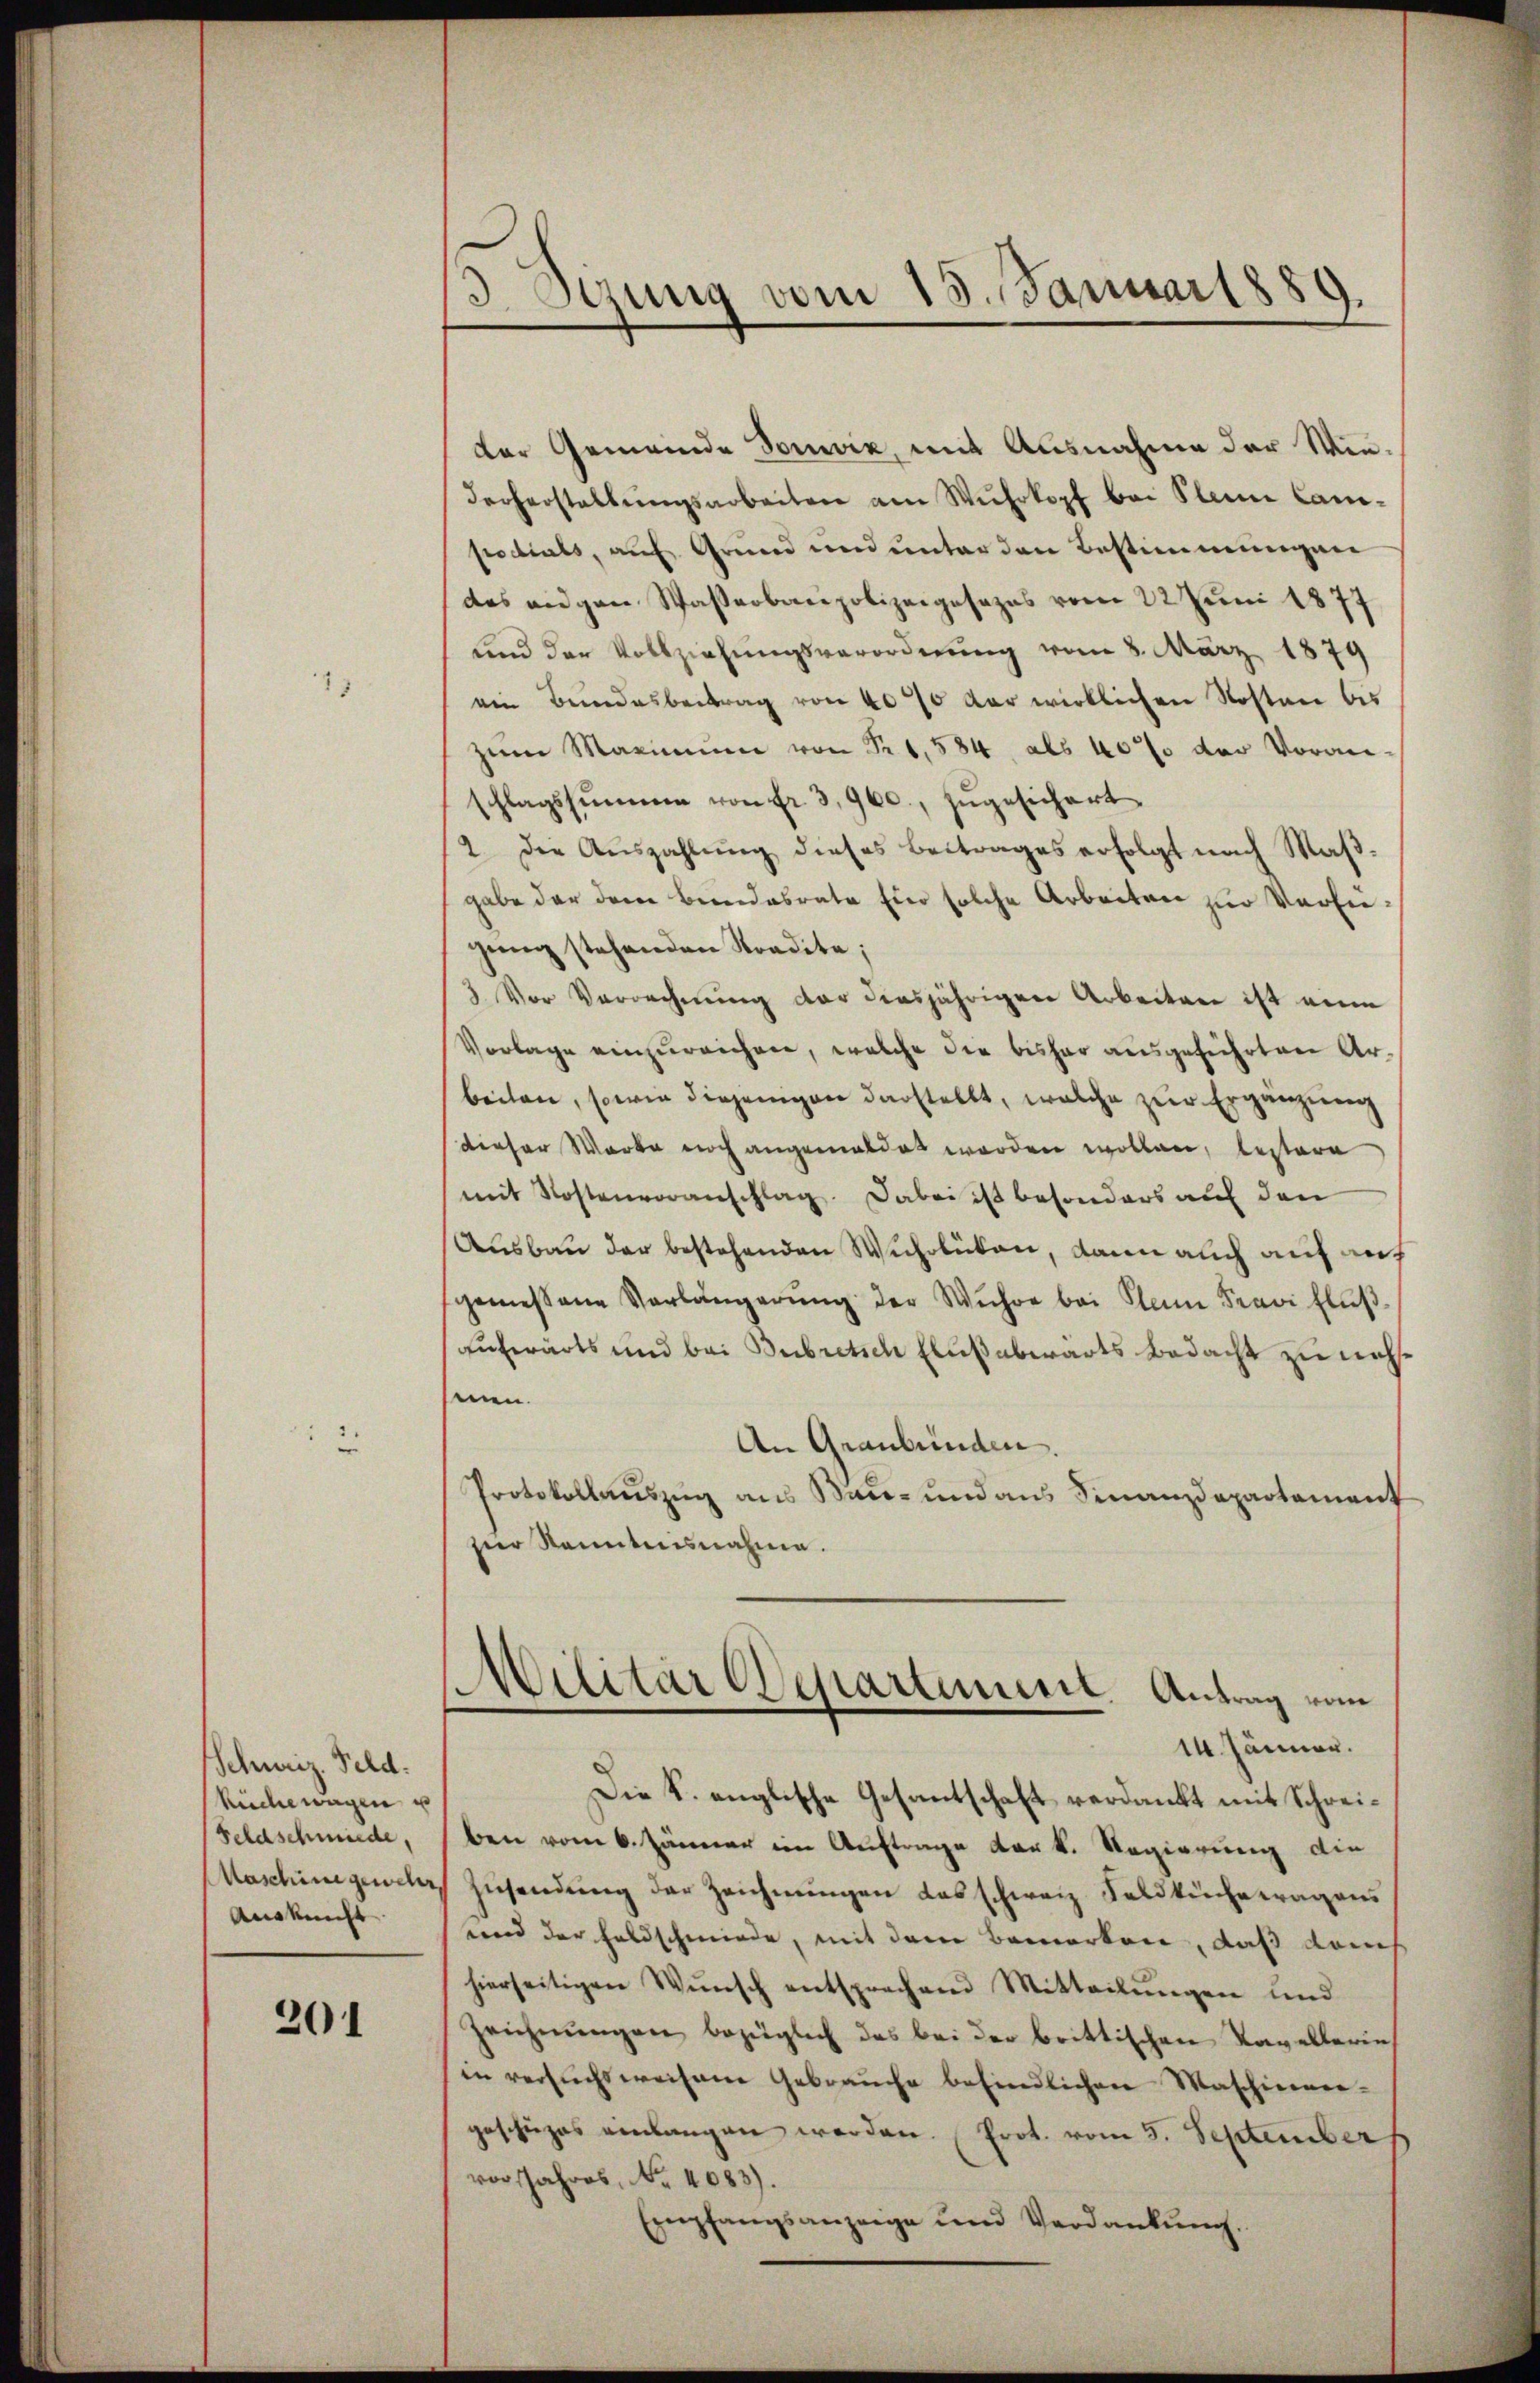
Schweiz. Feld.
Rüche wagen u
Seldschmiede,
Maschine gewese
Auskunft

201

3. Sezung vom 15. Januar 1889.

Der Gemeinde Domwiz, mit Ausnahme der Wie-
Fecherstellŭngsarbeiten am Wuhrkopf bei Pleine Can-
podials, auf Grund und unter den Bestimmungen
des eidgen Wasserbaupolizeigesezes vom 22 Juni 1877
und der Vollziehungsverordnung vom 8. März 1879
ein Bundesbeitrag von 40% der wirklichen Kosten bis
zŭm Maximum von Fr. 1584 als 40% der Voran-
schlagssummen von fr. 3900. zŭgesichert
2. Die Aŭszahlŭng dieses Beitrages erfolgt nach Maβ-
gabe der dem Bundesrate Eier solche Arbeiten zur Verfügŭng stehenden Stradita;
3. Vor Verrechnung der diesjährigen Arbeiten ist eine
Vorlage einzureichen, welche die bisher ausgeführten Arbeiten, sowie diejenigen darstellt, welche zur Ergänzung
dieser Warte noch angemeldet worden wollen, bestere
mit Kostenvoranschlag. Dabei ist besonders auf den
Ausbau der bestehenden Wuhrlüten, dann auch auf auch
gemessene Verlängerŭng der Wuhre bei kam Fravi flŭβ
aufwärts und bei Bubretsch Flußabwärts bedacht zu nehsinen.
An Graubünden.
Protokollauszug aus Baŭ- und ans Finanzdepartement
zur Kenntnisnahme.
Wilitar Departinen Antrag vom
14. Jänner.
Die S. englische Gesantschaft verdankt mit Schreiben vom 6. Jänner im Auftrage vor k. Regierung die
Zŭsendŭng der Zeichnŭngen das schweiz. Feldkuchetragens
und der Feldschmiede, mit dem Bemerken, daß dah
hierseitigen Wŭnsch entsprechend Mitteilŭngen und
Zeichnŭngen bezüglich das bei der brittischen Kavellerin
in versuchsweisene Gebrauche befindlichen Maschiener-
geschüzes einlangen werden. (Prot. vom 3. September
vor Jahres, No. 4083).
Empfangsanzeige und Verdankŭng.